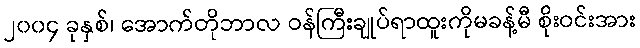
၂၀၀၄ ခုနှစ်၊ အောက်တိုဘာလ ဝန်ကြီးချုပ်ရာထူးကိုမခန့်မီ စိုးဝင်းအား